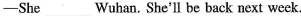
-She___Wuhan. She'll be back next week.